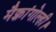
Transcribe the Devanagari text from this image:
मैक्चांगोल्ही।